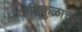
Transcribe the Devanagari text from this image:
यातिकुळाचा